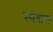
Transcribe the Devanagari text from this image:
स्‍पेशल